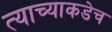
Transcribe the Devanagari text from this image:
त्याच्याकडेच